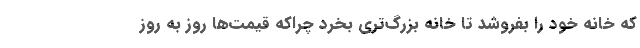
که خانه خود را بفروشد تا خانه بزرگ‌تری بخرد چراکه قیمت‌ها روز به روز